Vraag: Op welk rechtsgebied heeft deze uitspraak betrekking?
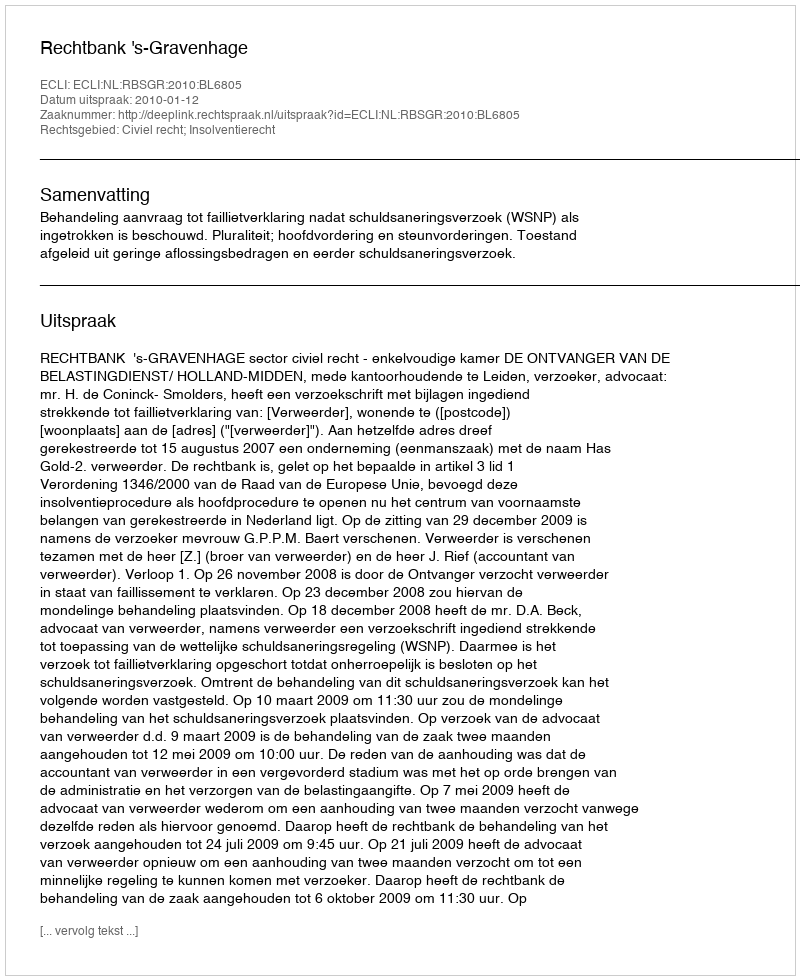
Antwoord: Civiel recht; Insolventierecht